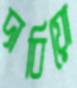
দাবিয়ো